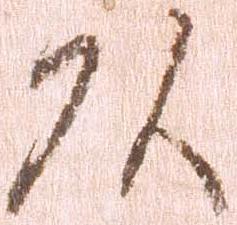
頭